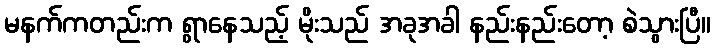
မနက်ကတည်းက ရွာနေသည့် မိုးသည် အခုအခါ နည်းနည်းတော့ စဲသွားပြီ။